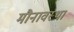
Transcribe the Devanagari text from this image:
मौनावस्था